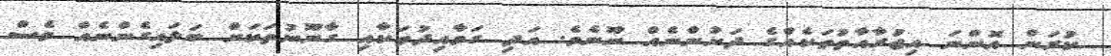
ކުރަން އޮންނަ އިޖުރާއާތުތަކެއްގެ ދަށުންނެއް ނޫނެވެ. އަދި ގަވާއިދުތަކާއި ގާނޫނުތަކަށް ބަލައިގެންނެއް ވެސް